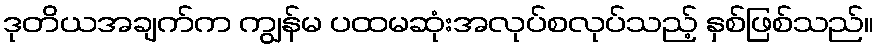
ဒုတိယအချက်က ကျွန်မ ပထမဆုံးအလုပ်စလုပ်သည့် နှစ်ဖြစ်သည်။